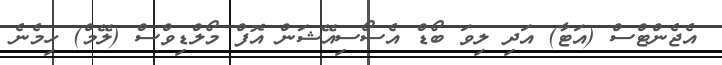
އެޖެންޓްސް (އަޓާ) އަދި ލިވަ ބޯޑް އެސޯސިއޭޝަން އޮފް މޯލްޑިވްސް (ލޭމް) ހިމެނެ